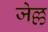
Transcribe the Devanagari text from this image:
जेल्ल